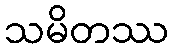
သမိတဿ